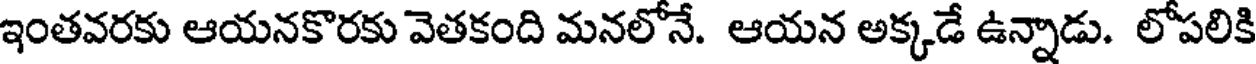
ఇంతవరకు ఆయనకొరకు వెతకంది మనలోనే. ఆయన అక్కడే ఉన్నాడు. లోపలికి